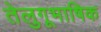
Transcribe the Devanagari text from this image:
तेलुगूभाषिक